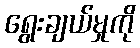
ရွေးချယ်မှုကို